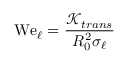
\mathrm { W e } _ { \ell } = \frac { \mathcal { K } _ { t r a n s } } { R _ { 0 } ^ { 2 } \sigma _ { \ell } }